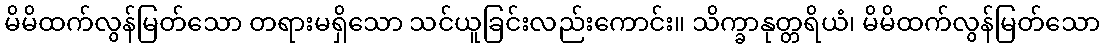
မိမိထက်လွန်မြတ်သော တရားမရှိသော သင်ယူခြင်းလည်းကောင်း။ သိက္ခာနုတ္တရိယံ၊ မိမိထက်လွန်မြတ်သော